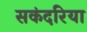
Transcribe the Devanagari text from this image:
सकंदरिया